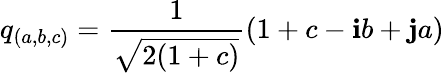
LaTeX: q_{(a,b,c)}={\frac{1}{\sqrt{2(1+c)}}}(1+c-\mathbf{i}b+\mathbf{j}a)